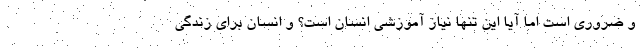
و ضروری است اما آیا این تنها نیاز آموزشی انسان است؟ و انسان برای زندگی